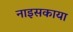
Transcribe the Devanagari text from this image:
नाइसकाया